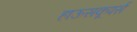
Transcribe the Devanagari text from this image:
हाऊसकूपर्स